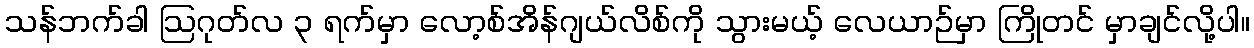
သန်ဘက်ခါ ဩဂုတ်လ ၃ ရက်မှာ လော့စ်အိန်ဂျယ်လိစ်ကို သွားမယ့် လေယာဉ်မှာ ကြိုတင် မှာချင်လို့ပါ။